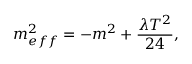
m _ { e f f } ^ { 2 } = - m ^ { 2 } + \frac { \lambda T ^ { 2 } } { 2 4 } ,